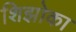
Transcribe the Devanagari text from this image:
शिझोका